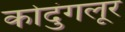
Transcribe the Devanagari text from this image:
कोदुंगलूर